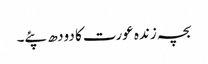
بچہ زندہ عورت کا دودھ پئے۔